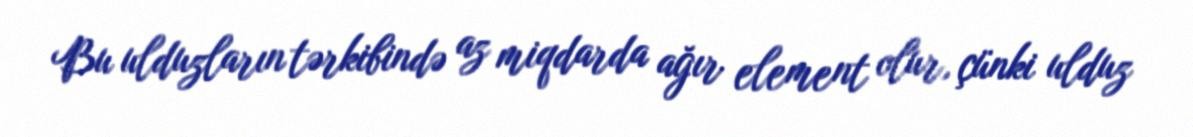
Bu ulduzların tərkibində az miqdarda ağır element olur, çünki ulduz